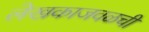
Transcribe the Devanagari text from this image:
लेखकाजवळची